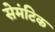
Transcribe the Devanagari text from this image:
सेमंटिक